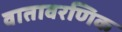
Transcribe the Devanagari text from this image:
वातावरणिक